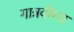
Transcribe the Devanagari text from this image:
गात्रवीणा